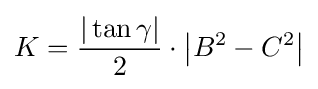
K={\frac {|\tan \gamma |}{2}}\cdot \left|B^{2}-C^{2}\right|